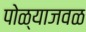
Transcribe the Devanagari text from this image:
पोळ्याजवळ